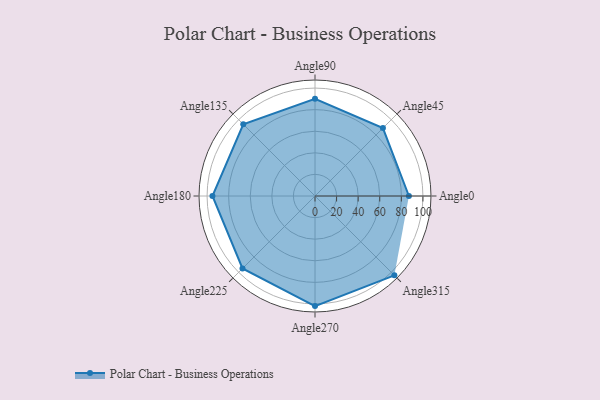
{"axis": {"x": "Angle", "y": "Radius"}, "legend": [""], "data": [{"x": "Angle0", "y": 87.0, "type": ""}, {"x": "Angle45", "y": 89.0, "type": ""}, {"x": "Angle90", "y": 90.0, "type": ""}, {"x": "Angle135", "y": 94.0, "type": ""}, {"x": "Angle180", "y": 95.0, "type": ""}, {"x": "Angle225", "y": 95.0, "type": ""}, {"x": "Angle270", "y": 102.0, "type": ""}, {"x": "Angle315", "y": 104.0, "type": ""}]}